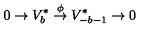
0 \rightarrow V _ { b } ^ { * } \stackrel { \phi } { \rightarrow } V _ { - b - 1 } ^ { * } \rightarrow 0